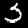
Label: 3